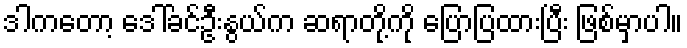
ဒါကတော့ ဒေါ်ခင်ဦးနွယ်က ဆရာတို့ကို ပြောပြထားပြီး ဖြစ်မှာပါ။